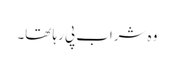
وہ شراب پی رہا تھا۔